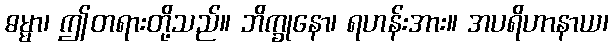
ဓမ္မာ၊ ဤတရားတို့သည်။ ဘိက္ခုနော၊ ရဟန်းအား။ အပရိဟာနာယ၊